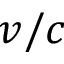
v / c